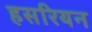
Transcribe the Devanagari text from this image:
हसरियन